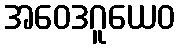
အဝေဒဂူယေဝ